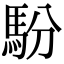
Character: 䭻